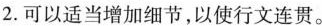
2.可以适当增加细节，以使行文连贯。